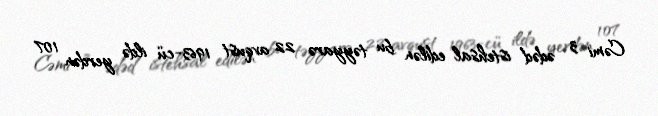
Cəmi 3 ədəd istehsal edilən bu təyyarə 22 avqust 1963-cü ildə yerdən 107